Report on vaccination in the Province of Bengal - 1874-1889
Year: 1874
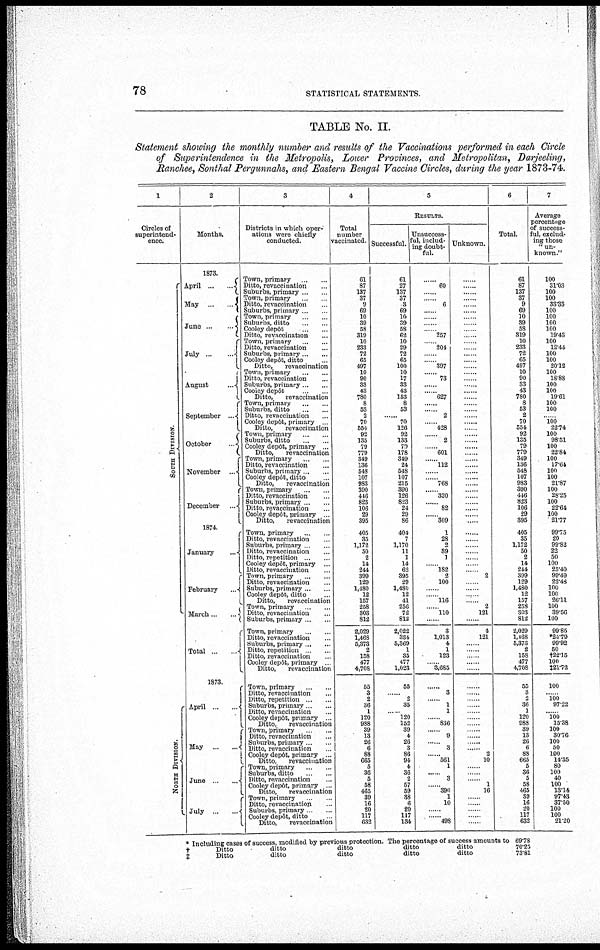
78
STATISTICAL STATEMENTS.
TABLE No. II.
Statement showing the monthly number and results of the Vaccinations performed in each Circle
of Superintendence in the Metropolis, Lower Provinces, and Metropolitan, Darjeeling,
Ranchee, Sonthal Pergunnahs, and Eastern Bengal Vaccine Circles, during the year 1873-74.
1
Circles of
superintend-
ence.
S OUTH DI VI SI ON.
NORTH DIVISION.
2
Months.
1873.
April
...
...
May
...
...
June
...
...
July
...
...
August
...
September ...
October
...
November ...
December
...
1874.
January
February
...
March ... ...
Total
...
...
1873.
April
...
...
May
...
...
June
...
...
July ... ...
3
Districts in which oper-
ations were chiefly
conducted.
Town, primary
...
...
Ditto, revaccination ...
Suburbs, primary ... ...
Town, primary
...
...
Ditto, revaccination ...
Suburbs, primary ... ...
Town, primary
...
...
Suburbs, ditto
...
...
Cooley depôt
...
...
Ditto, revaccination ...
Town, primary
...
...
Ditto, revaccination ...
Suburbs, primary ... ...
Cooley depôt, ditto ...
Ditto,
revaccination ...
Town, primary
...
...
Ditto, revaccination ...
Suburbs, primary ... ...
Cooley depôt
...
...
Ditto,
revaccination ...
Town, primary
...
...
Suburbs, ditto
...
...
Ditto, revaccination ...
Cooley depôt, primary ...
Ditto,
revaccination ...
Town, primary
...
...
Suburbs, ditto
...
...
Cooley depôt, primary ...
Ditto,
revaccination ...
Town, primary
...
...
Ditto, revaccination ...
Suburbs, primary ... ...
Cooley depôt, ditto ...
Ditto,
revaccination
Town,
primary...
...
Ditto, revaccination ...
Suburbs, primary
Ditto, revaccination ...
Cooley depôt, primary ...
Ditto,
revaccination
Town, primary
Ditto, revaccination ...
Suburbs, primary
Ditto, revaccination ...
Ditto, repetition
Cooley depôt, primary ...
Ditto, revaccination ...
Town, primary
Ditto, revaccination...
Suburbs, primary
Cooley depôt, ditto ...
Ditto,
revaccination ...
Town, primary
Ditto, revaccination ...
Suburbs, primary
Town, primary
Ditto, revaccination ...
Suburbs, primary
Ditto, repetition
Ditto, revaccination ...
Cooley depôt, primary ...
Ditto,
revaccination
Town, primary
Ditto, revaccination
Ditto, repetition
Suburbs, primary
Ditto, revaccination
Cooley depôt, primary ...
Ditto,
revaccination
Town, primary
Ditto, revaccination ...
Suburbs, primary
Ditto, revaccination ...
Cooley depôt, primary ...
Ditto,
revaccination ...
Town, primary
Suburbs, ditto
Ditto, revaccination ...
Cooley depôt, primary ...
Ditto,
revaccination ...
Town, primary
Ditto, revaccination ...
Suburbs, primary ... ...
Cooley depôt, ditto
Ditto,
revaccination ...
4
Total
number
vaccinated.
61
87
137
37
9
69
10
39
58
319
10
233
72
65
497
10
90
33
43
780
8
53
2
70
554
92
135
79
779
349
136
548
107
983
390
446
823
106
29
395
405
35
1,172
50
2
14
244
399
129
1,480
12
157
258
303
812
2,029
1,468
5,373
2
158
477
4,708
55
3
2
36
1
120
988
39
13
26
6
88
665
5
36
5
58
465
39
16
20
117
632
5
RESULTS.
Successful.
61
27
137
37
3
69
10
39
58
62
10
29
72
65
100
10
17
33
43
153
8
53
...... 70
126
92
133
79
178
349
24
548
107
215
390
126
823
24
29
86
404
7
1,170
11
1
14
62
395
29
1,480
12
41
256
72
812
2,022
334
5,369
1
35
477
1,023
55
2
35
120
152
39
4
26
3
86
94
4
36
2
57
59
38
6
20
117
134
Unsuccess-
ful, includ-
ing doubt-
ful.
......
60
......
......
6
......
......
......
......
257
......
204
......
......
397
......
73
......
...... 627
......
......
2
...... 428
......
2
...... 601
...... 112
......
...... 768
...... 320
...... 82
...... 309
1
28
2
39
1
...... 182
2
100
......
...... 116
...... 110
......
3
1,013
4
1
123
...... 3,685
......
3
......
1
1
...... 836
......
9
......
3
...... 561
1
......
3
...... 390
1
10
......
...... 498
Unknown.
......
......
......
......
......
......
......
......
......
......
......
......
......
......
......
......
......
......
......
......
......
......
......
......
......
......
......
......
......
......
......
......
......
......
......
......
......
......
......
......
......
......
......
......
......
......
......
2
......
......
......
......
2
121
......
4
121
......
......
......
......
......
......
......
......
......
......
......
......
......
......
......
......
2
10
......
......
......
1
16
......
......
......
......
6
Total.
61
87
137
37
9
69
10
39
58
319
10
233
72
65
497
10
90
33
43
780
8
53
2
70
554
92
135
79
779
349
136
548
107
983
390
446
823
106
29
395
405
35
1,172
50
2
14
244
399
129
1,480
12
157
253
303
812
2,029
1,468
5,373
2
158
477
4,708
55
3
36
1
120
988
39
13
26
6
88
665
5
36
5
58
465
39
16
20
117
632
7
Average
percentage
of success-
ful, exclud-
ing those
"un-
known."
100
31.03
100
100
33.33
100
100
100
100
19.43
100
12.44
100
100
20.12
100
18.88
100
100
19.61
100
100
...... 100
22.74
100
98.51
100
22.84
100
17.64
100
100
21.87
100
28.25
100
22.64
100
21.77
99.75
20
9982
22
60
100
25.40
99.49
22.48
100
100
26.11
100
39.56
100
9985
*24.79
99'92
50
†22.15
100
‡21.72
100
...... 100 97.22
100
15.38
100
30.76
100
50
100
14.35
80
100
40
100
13.14
97.43
3750
100
100
2120
*
†
‡
Including cases of success, modified by previous protection. The percentage of success amounts to
Ditto
ditto
ditto
ditto
ditto
Ditto
ditto
ditto
ditto
ditto
69.73
70.25